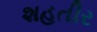
શહતીર